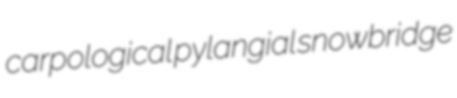
carpological pylangial snowbridge